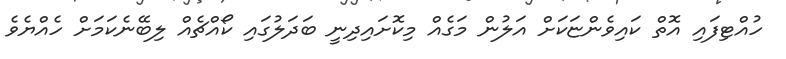
ހުއްޓިފައި އޮތް ކައިވެންޏަކަށް އަލުން މަގެއް މިކޮށައިދިނީ ބަދަލުގައި ކޯއްޗެއް ލިބޭނެކަމަށް ހެއްޔެވެ